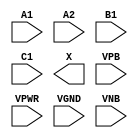
module sky130_fd_sc_lp__a211o (
    //# {{data|Data Signals}}
    input  A1  ,
    input  A2  ,
    input  B1  ,
    input  C1  ,
    output X   ,

    //# {{power|Power}}
    input  VPB ,
    input  VPWR,
    input  VGND,
    input  VNB
);
endmodule